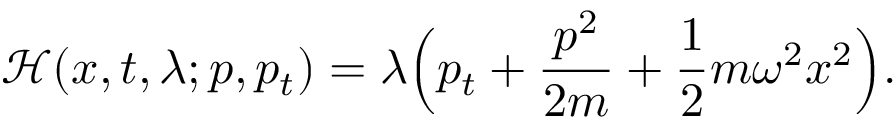
{ \mathcal { H } } ( x , t , \lambda ; p , p _ { t } ) = \lambda { \Big ( } p _ { t } + { \frac { p ^ { 2 } } { 2 m } } + { \frac { 1 } { 2 } } m \omega ^ { 2 } x ^ { 2 } { \Big ) } .